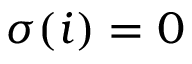
\sigma ( i ) = 0